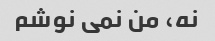
نه، من نمی نوشم